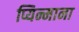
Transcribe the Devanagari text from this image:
प्यिन्माना